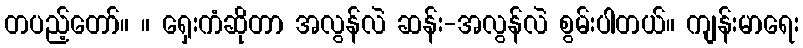
တပည့်တော်။ ။ ရှေးကံဆိုတာ အလွန်လဲ ဆန်း-အလွန်လဲ စွမ်းပါတယ်။ ကျန်းမာရေး